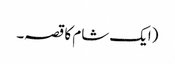
(ایک شام کا قصہ۔